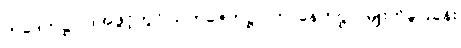
တဒေကဋ္ဌ ပုဒ်အဖွင့်တွင် သဟဇေကဋ္ဌ ပဟာနေကဋ္ဌ ၂-မျိုးကိုခွဲပြခန်း